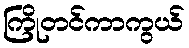
ကြိုတင်ကာကွယ်